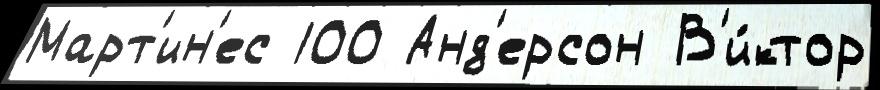
Март'ин'ес 100 Анд'ерсон В'и́ктор